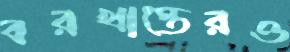
বরখাস্তেরও